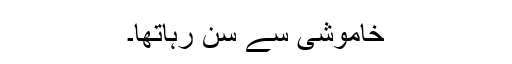
خاموشی سے سن رہاتھا۔